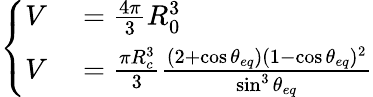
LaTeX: \left\{ \begin{array}{rl}{V}&{{}=\frac{4\pi}{3}R_{0}^{3}}\\ {V}&{{}=\frac{\pi R_{c}^{3}}{3}\frac{(2+\cos\theta_{eq})(1-\cos\theta_{eq})^{2}}{\sin^{3}\theta_{eq}}}\end{array}\right.